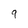
Character: q